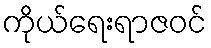
ကိုယ်ရေးရာဇဝင်